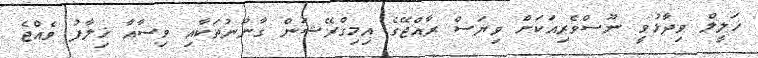
ޚަލީލް ވިދާޅުވީ ނޫސްވެރިއަކަށް ވިޔަސް ރާއްޖޭގެ އިމިގްރޭޝަން ގާނޫނުތަކާއި ވިސާއާ ޚިލާފު ވެއްޖެ